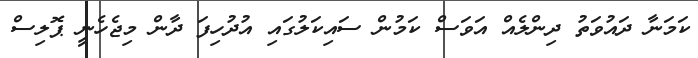
ކަމަނާ ދައުވަތު ދިންލެއް އަވަސް ކަމުން ސައިކަލުގައި އުދުހިފަ ދާން މިޖެހެނީ ޕޮލިސް